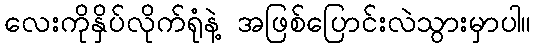
လေးကိုနှိပ်လိုက်ရုံနဲ့ အဖြစ်ပြောင်းလဲသွားမှာပါ။